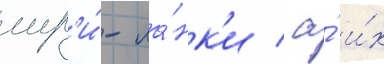
шр'и́-ла́нк'и / а́ и́х